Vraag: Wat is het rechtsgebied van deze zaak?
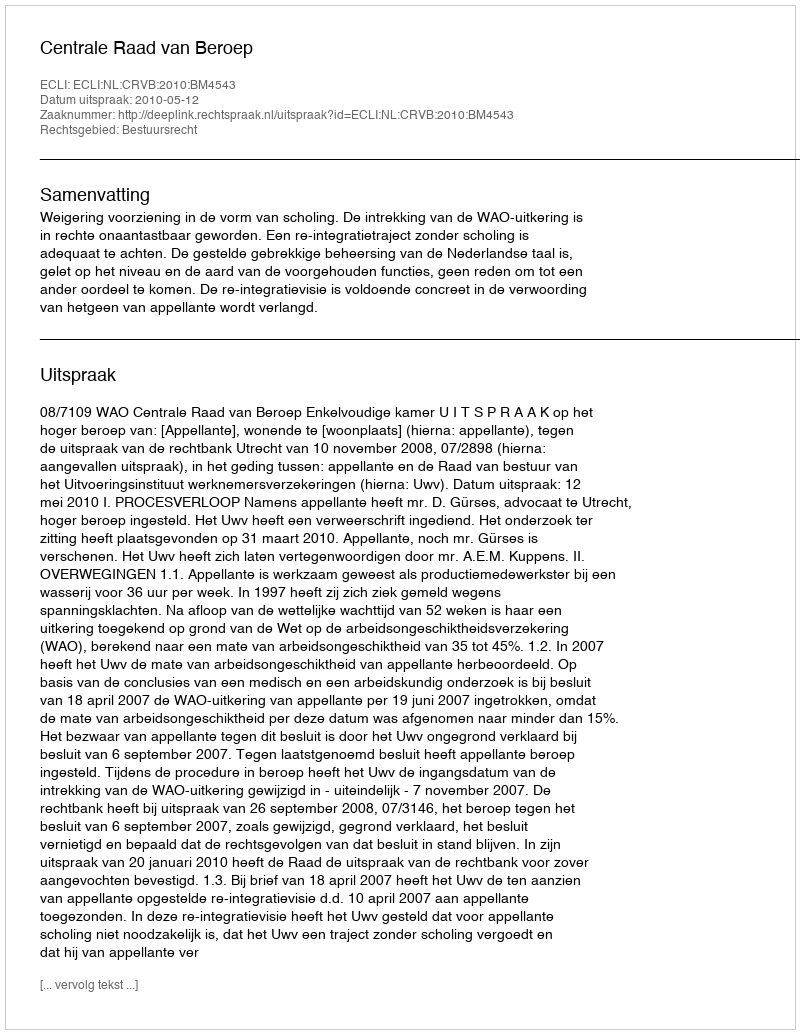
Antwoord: Bestuursrecht